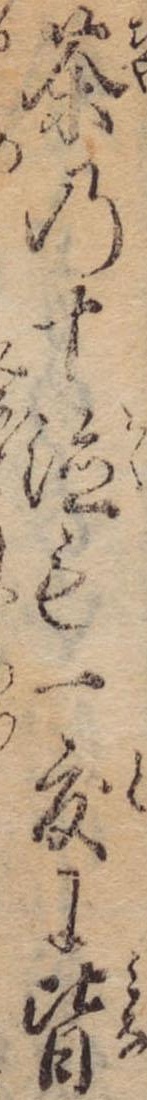
茶の十徳も一度に皆